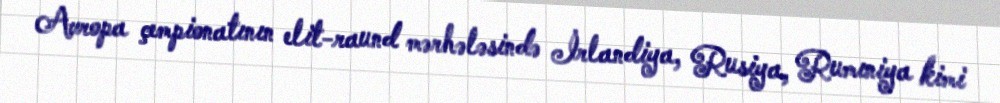
Avropa çempionatının elit-raund mərhələsində İrlandiya, Rusiya, Rumıniya kimi